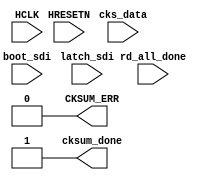

/// Header_Start --->>>

// ********************************************************************/
// Microsemi Corporation Proprietary and Confidential
// Copyright 2016 Microsemi Corporation.  All rights reserved.
//
// ANY USE OR REDISTRIBUTION IN PART OR IN WHOLE MUST BE HANDLED IN
// ACCORDANCE WITH THE MICROSEMI LICENSE AGREEMENT AND MUST BE APPROVED
// IN ADVANCE IN WRITING.
//
// SVN Revision Information:
// SVN $Revision: 27880 $
// SVN $Date: 2016-11-18 00:25:39 +0000 (Fri, 18 Nov 2016) $
//
// Resolved SARs
// SAR      Date     Who   Description
// Notes:
//
//
// *********************************************************************/

/// Header_End <<<---


/// I/O_Start --->>>

// - Initialise cksum on HRSETN.
// - Modify cksum as SDI data comes in.
// - Check cksum against cks_data when asked, and generate error as appropriate.

module COREBOOTSTRAP_CKSUM_CTRL( HCLK,
                   cks_data,
                   cksum_done,
                   latch_sdi,
                   HRESETN,
                   CKSUM_ERR,
                   boot_sdi,
                   rd_all_done );

parameter CKSUM_EN = 0; // Whether a checksum is to be calculated, based on copied bootcode, and compared against stored checksum.


// Port: Port_1

input          HCLK;           // AHB clock input - must be free-running after reset.
input [31:0]   cks_data;
output         cksum_done;
input          latch_sdi;     // Used to indicate times when new data is available to be used in generation of checksum.
                              // As checksum field can be anywhere in the data to be copied, this signal will be supressed 
                              // when the checksum field is being passed in.

// Port: Port_2

input          HRESETN;        // AHB reset output, active low.  May be used as a general system reset.

// Port: Port_3

output         CKSUM_ERR;      // Checksum error resulting from the checksum read from SPI flash not matching a checksum of the data read from SPI. Checksum not supported in initial release.

// Port: Port_4

input          boot_sdi;
input          rd_all_done;



/// I/O_End <<<---


assign CKSUM_ERR = 1'b0;  // Defaulting to low for now. Used to indicate a CKSUM_ERR to AHB_WRITER.
assign cksum_done = 1'b1; // Defaulting high for now. Used to indicate to AHB_WRITER that checksum is now calculated.





endmodule